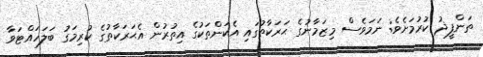
ތަންފީޛު ކުރުމަށެވެ; ނަމަވެސް މިޒަމާނުގެ ޙަރަކާތުގައި އެކަންތަކުގެ އިތުރުން އެޙަރަކާތުގެ ކުރިމަގު ބަލަހައްޓަވާ